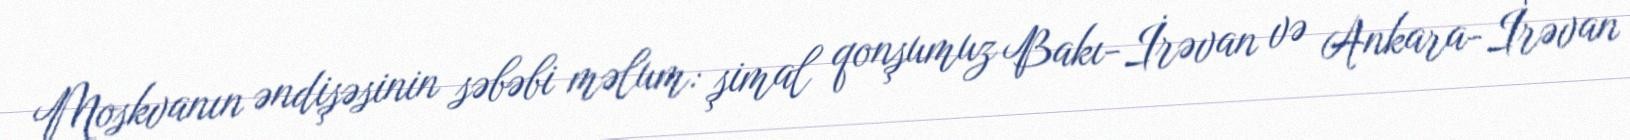
Moskvanın əndişəsinin səbəbi məlum: şimal qonşumuz Bakı-İrəvan və Ankara-İrəvan